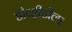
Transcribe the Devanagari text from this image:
डीव्हीडीला